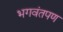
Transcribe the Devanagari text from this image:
भगवंतपण